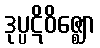
ဒုပ္ပဋိဝိဇ္ဈော